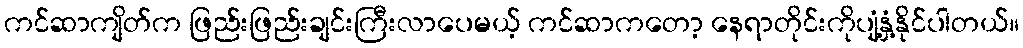
ကင်ဆာကျိတ်က ဖြည်းဖြည်းချင်းကြီးလာပေမယ့် ကင်ဆာကတော့ နေရာတိုင်းကိုပျံ့နှံ့နိုင်ပါတယ်။